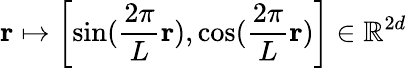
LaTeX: \mathbf{r}\mapsto\left[\sin(\frac{2\pi}{L}\mathbf{r}),\cos(\frac{2\pi}{L}\mathbf{r})\right]\in\mathbb{R}^{2d}